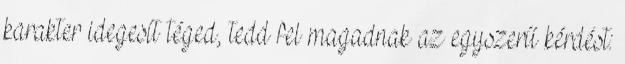
karakter idegesít téged, tedd fel magadnak az egyszerű kérdést: